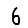
Digit: 6